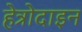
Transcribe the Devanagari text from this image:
हेत्रोदाइन